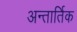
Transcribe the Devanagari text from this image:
अन्तार्तिक